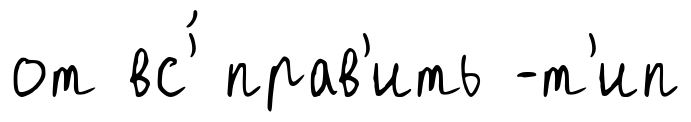
от вс'́ прав'ить -т'ип